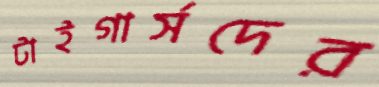
টাইগার্সদের